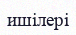
ишілері